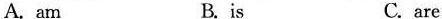
A.am B.is C.are